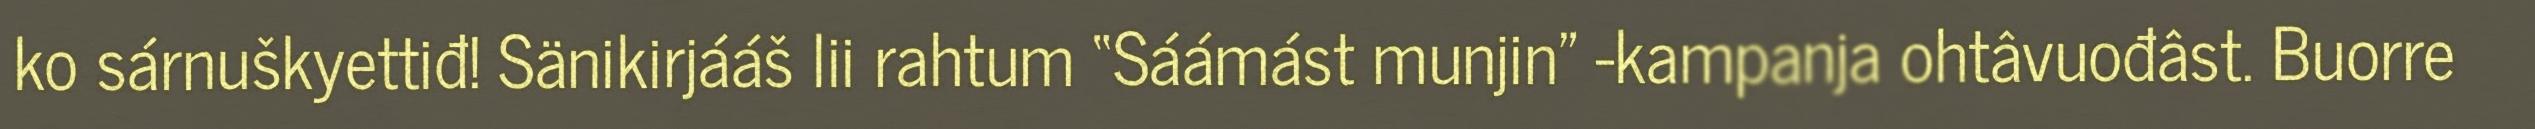
ko sárnuškyettiđ! Sänikirjááš lii rahtum “Sáámást munjin" -kampanja ohtâvuođâst. Buorre